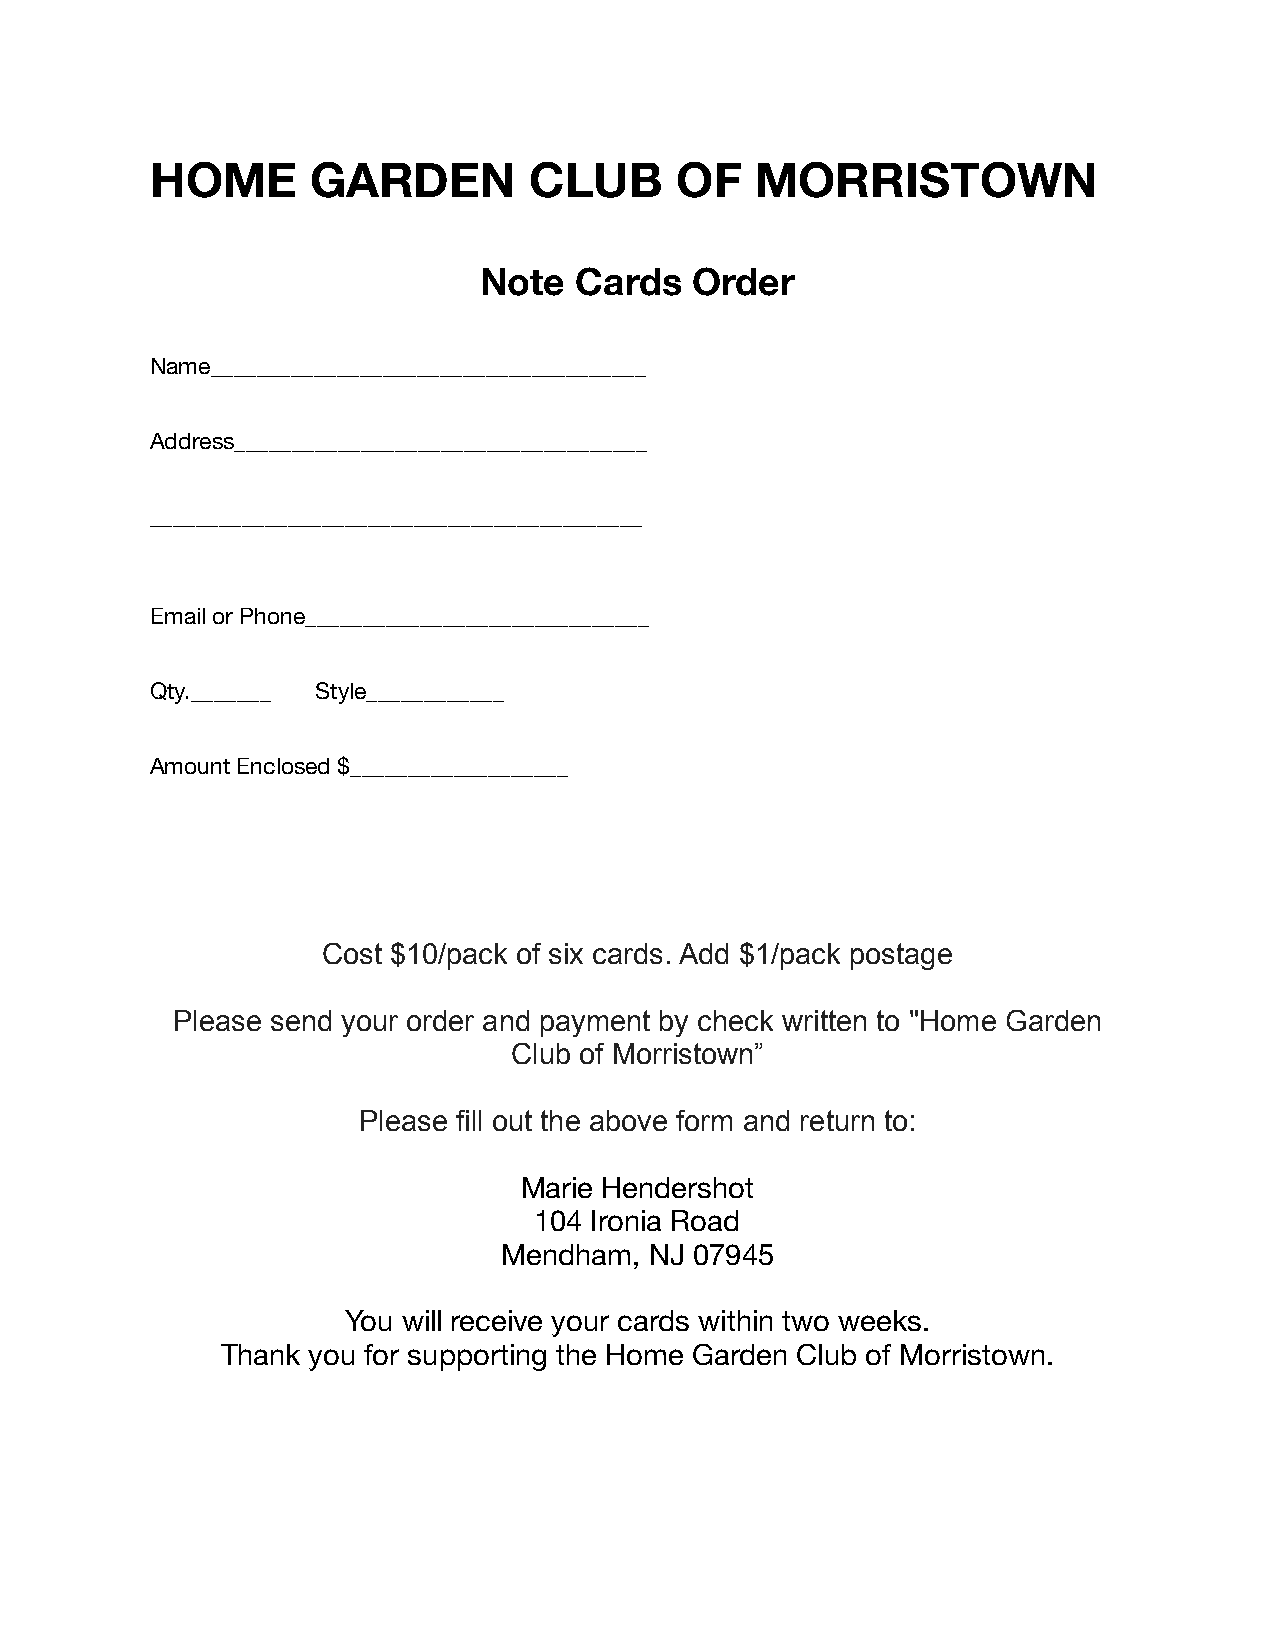
HOME       GARDEN        CLUB      OF   MORRISTOWN
 Note  Cards   Order
 Name______________________________________
 Address____________________________________
 ___________________________________________
 Email or Phone______________________________
 Qty._______ Style____________
 Amount Enclosed $___________________
 Cost $10/pack of six cards. Add $1/pack postage
 Please send your order and payment by check written to "Home Garden
 Club of Morristown”
 Please fill out the above form and return to:
 Marie Hendershot
 104 Ironia Road
 Mendham,  NJ 07945
 You will receive your cards within two weeks.
 Thank you for supporting the Home Garden Club of Morristown.